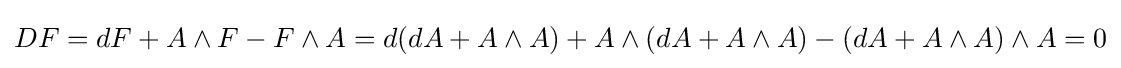
DF=dF+A\wedge F-F\wedge A=d(dA+A\wedge A)+A\wedge (dA+A\wedge A)-(dA+A\wedge A)\wedge A=0